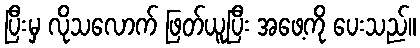
ပြီးမှ လိုသလောက် ဖြတ်ယူပြီး အဖေ့ကို ပေးသည်။